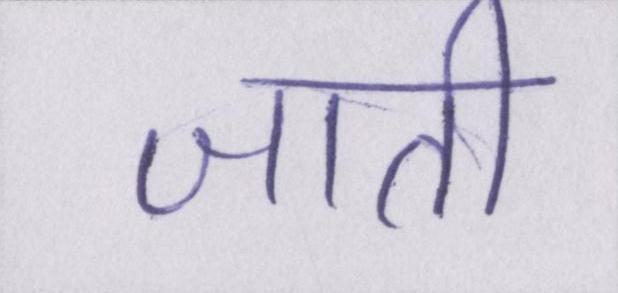
जाती